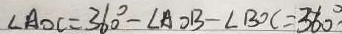
\angle A O C = 3 6 0 ^ { \circ } - \angle A O B - \angle B O C = 3 6 0 ^ { \circ }